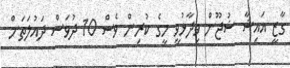
ގާޒީ އައިޝާ ޝުޖޫން ވިދާޅުވީ މީގެ ކުރިން ވެސް 10 ދުވަސް ދައުލަތަށް